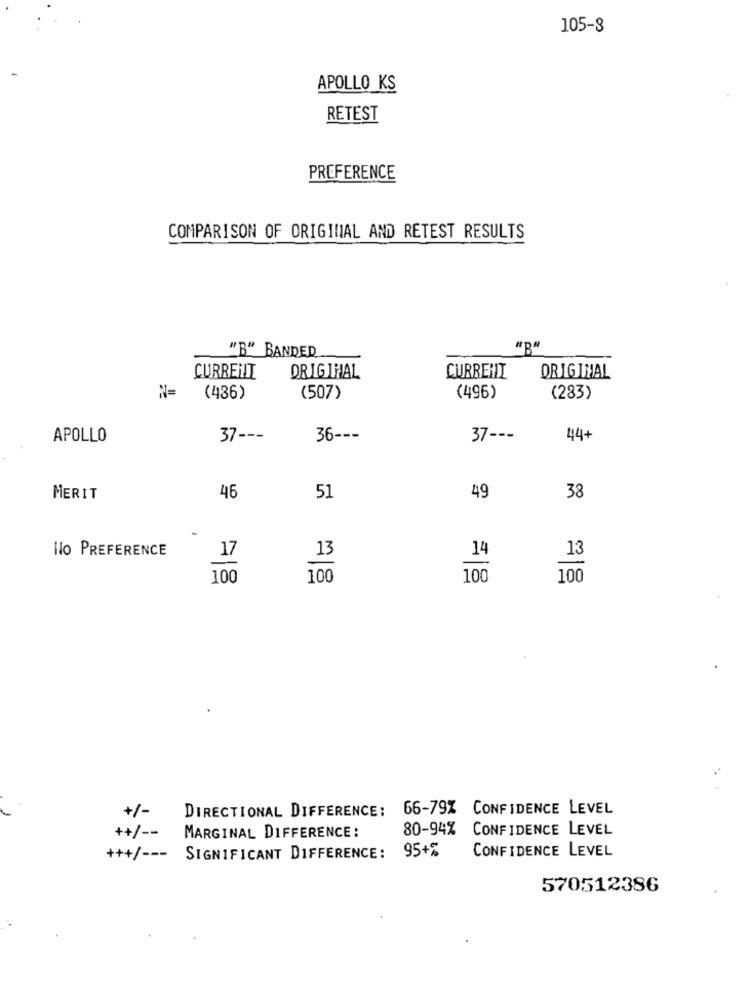
105-8
APOLLO KS
RETEST
PREFERENCE
COMPARISON OF ORIGINAL AND RETEST RESULTS
"B" BANDED
CURRENT
DRIGIHAL
CURRENT
ORIGINAL
N=
(436)
(507)
(496)
(283)
APOLLO
37 ---
36 ---
37 ---
44+
MERIT
46
51
49
38
NO PREFERENCE
17
13
14
100
100
100
100
+/-
66-79% CONFIDENCE LEVEL
DIRECTIONAL DIFFERENCE:
++/ --
80-94% CONFIDENCE LEVEL
MARGINAL DIFFERENCE:
+++/ ---
SIGNIFICANT DIFFERENCE: 95+%
CONFIDENCE LEVEL
570512386